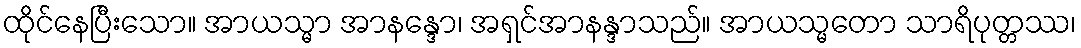
ထိုင်နေပြီးသော။ အာယသ္မာ အာနန္ဒော၊ အရှင်အာနန္ဒာသည်။ အာယသ္မတော သာရိပုတ္တဿ၊